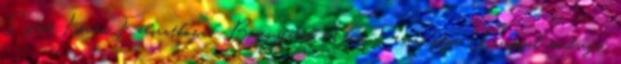
Szent István Feliratkozás: Bejegyzések Atom Ferenc pápa Úrangyal imádsága: